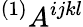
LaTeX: {}^{(1)}A^{ijkl}